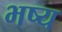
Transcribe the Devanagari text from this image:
भष्य